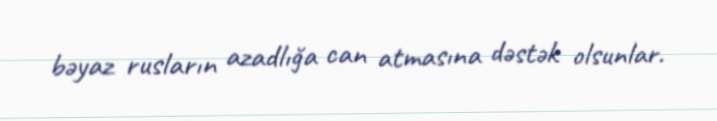
bəyaz rusların azadlığa can atmasına dəstək olsunlar.